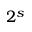
2 ^ { s }